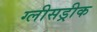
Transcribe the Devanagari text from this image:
ग्लीसड्रीक